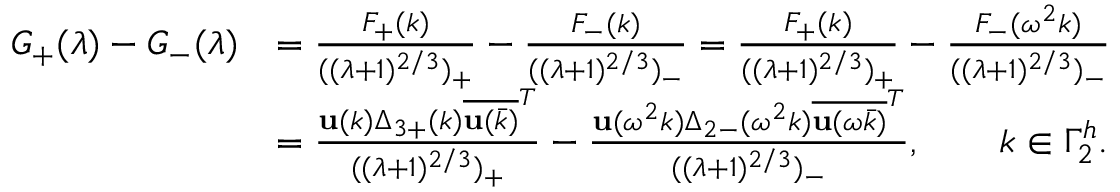
\begin{array} { r l } { G _ { + } ( \lambda ) - G _ { - } ( \lambda ) } & { = \frac { F _ { + } ( k ) } { ( ( \lambda + 1 ) ^ { 2 / 3 } ) _ { + } } - \frac { F _ { - } ( k ) } { ( ( \lambda + 1 ) ^ { 2 / 3 } ) _ { - } } = \frac { F _ { + } ( k ) } { ( ( \lambda + 1 ) ^ { 2 / 3 } ) _ { + } } - \frac { F _ { - } ( \omega ^ { 2 } k ) } { ( ( \lambda + 1 ) ^ { 2 / 3 } ) _ { - } } } \\ & { = \frac { \mathbf { u } ( k ) \Delta _ { 3 + } ( k ) \overline { { \mathbf { u } ( \bar { k } ) } } ^ { T } } { ( ( \lambda + 1 ) ^ { 2 / 3 } ) _ { + } } - \frac { \mathbf { u } ( \omega ^ { 2 } k ) \Delta _ { 2 - } ( \omega ^ { 2 } k ) \overline { { \mathbf { u } ( \omega \bar { k } ) } } ^ { T } } { ( ( \lambda + 1 ) ^ { 2 / 3 } ) _ { - } } , \qquad k \in \Gamma _ { 2 } ^ { h } . } \end{array}